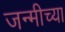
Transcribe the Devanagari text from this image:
जन्मीच्या